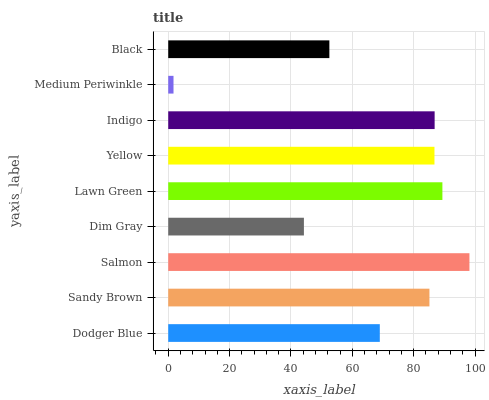
| yaxis_label | bars |
 | --- | --- |
 | Dodger Blue | 69 |
 | Sandy Brown | 85.1 |
 | Salmon | 98.2 |
 | Dim Gray | 44.2 |
 | Lawn Green | 89.4 |
 | Yellow | 86.8 |
 | Indigo | 86.8 |
 | Medium Periwinkle | 1.72 |
 | Black | 52.5 |